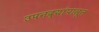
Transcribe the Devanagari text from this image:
उपनद्यांपासून